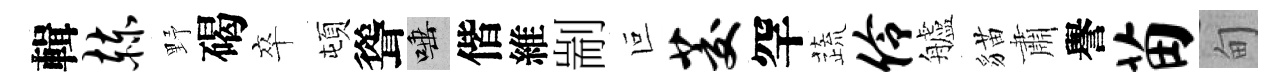
輯赫野碣卒頓聳唾偕維剬叵茭罕蔬伶艫貓肅譽苗甸